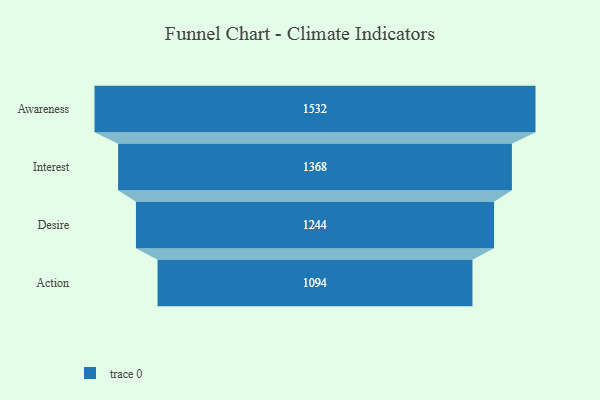
{"axis": {"x": "Stage", "y": "Value"}, "legend": [""], "data": [{"x": "Awareness", "y": 1532.0, "type": ""}, {"x": "Interest", "y": 1368.0, "type": ""}, {"x": "Desire", "y": 1244.0, "type": ""}, {"x": "Action", "y": 1094.0, "type": ""}]}